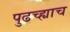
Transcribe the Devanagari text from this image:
पुढच्ह्याच